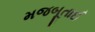
મજબૂતાઈ